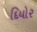
દિયોર